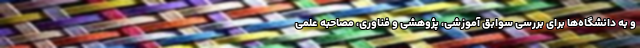
و به دانشگاه‌ها برای بررسی سوابق آموزشی، پژوهشی و فناوری، مصاحبه علمی